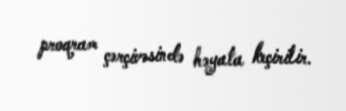
proqram çərçivəsində həyata keçirilir.